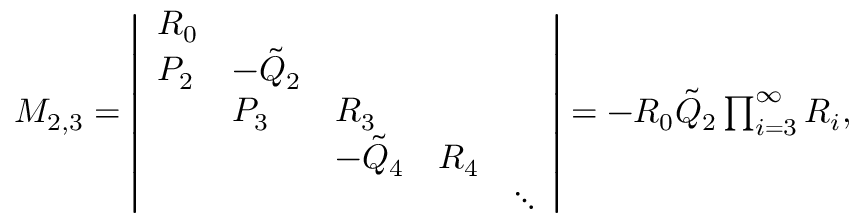
\begin{array} { r } { M _ { 2 , 3 } = \left| \begin{array} { l l l l l } { R _ { 0 } } & & & & \\ { P _ { 2 } } & { - \Tilde { Q } _ { 2 } } & & & \\ & { P _ { 3 } } & { R _ { 3 } } & & \\ & & { - \tilde { Q } _ { 4 } } & { R _ { 4 } } & \\ & & & & { \ddots } \end{array} \right| = - R _ { 0 } \Tilde { Q } _ { 2 } \prod _ { i = 3 } ^ { \infty } R _ { i } , } \end{array}